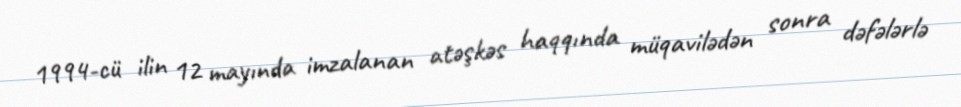
1994-cü ilin 12 mayında imzalanan atəşkəs haqqında müqavilədən sonra dəfələrlə